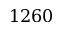
1 2 6 0